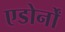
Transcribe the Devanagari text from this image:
एडोर्नों